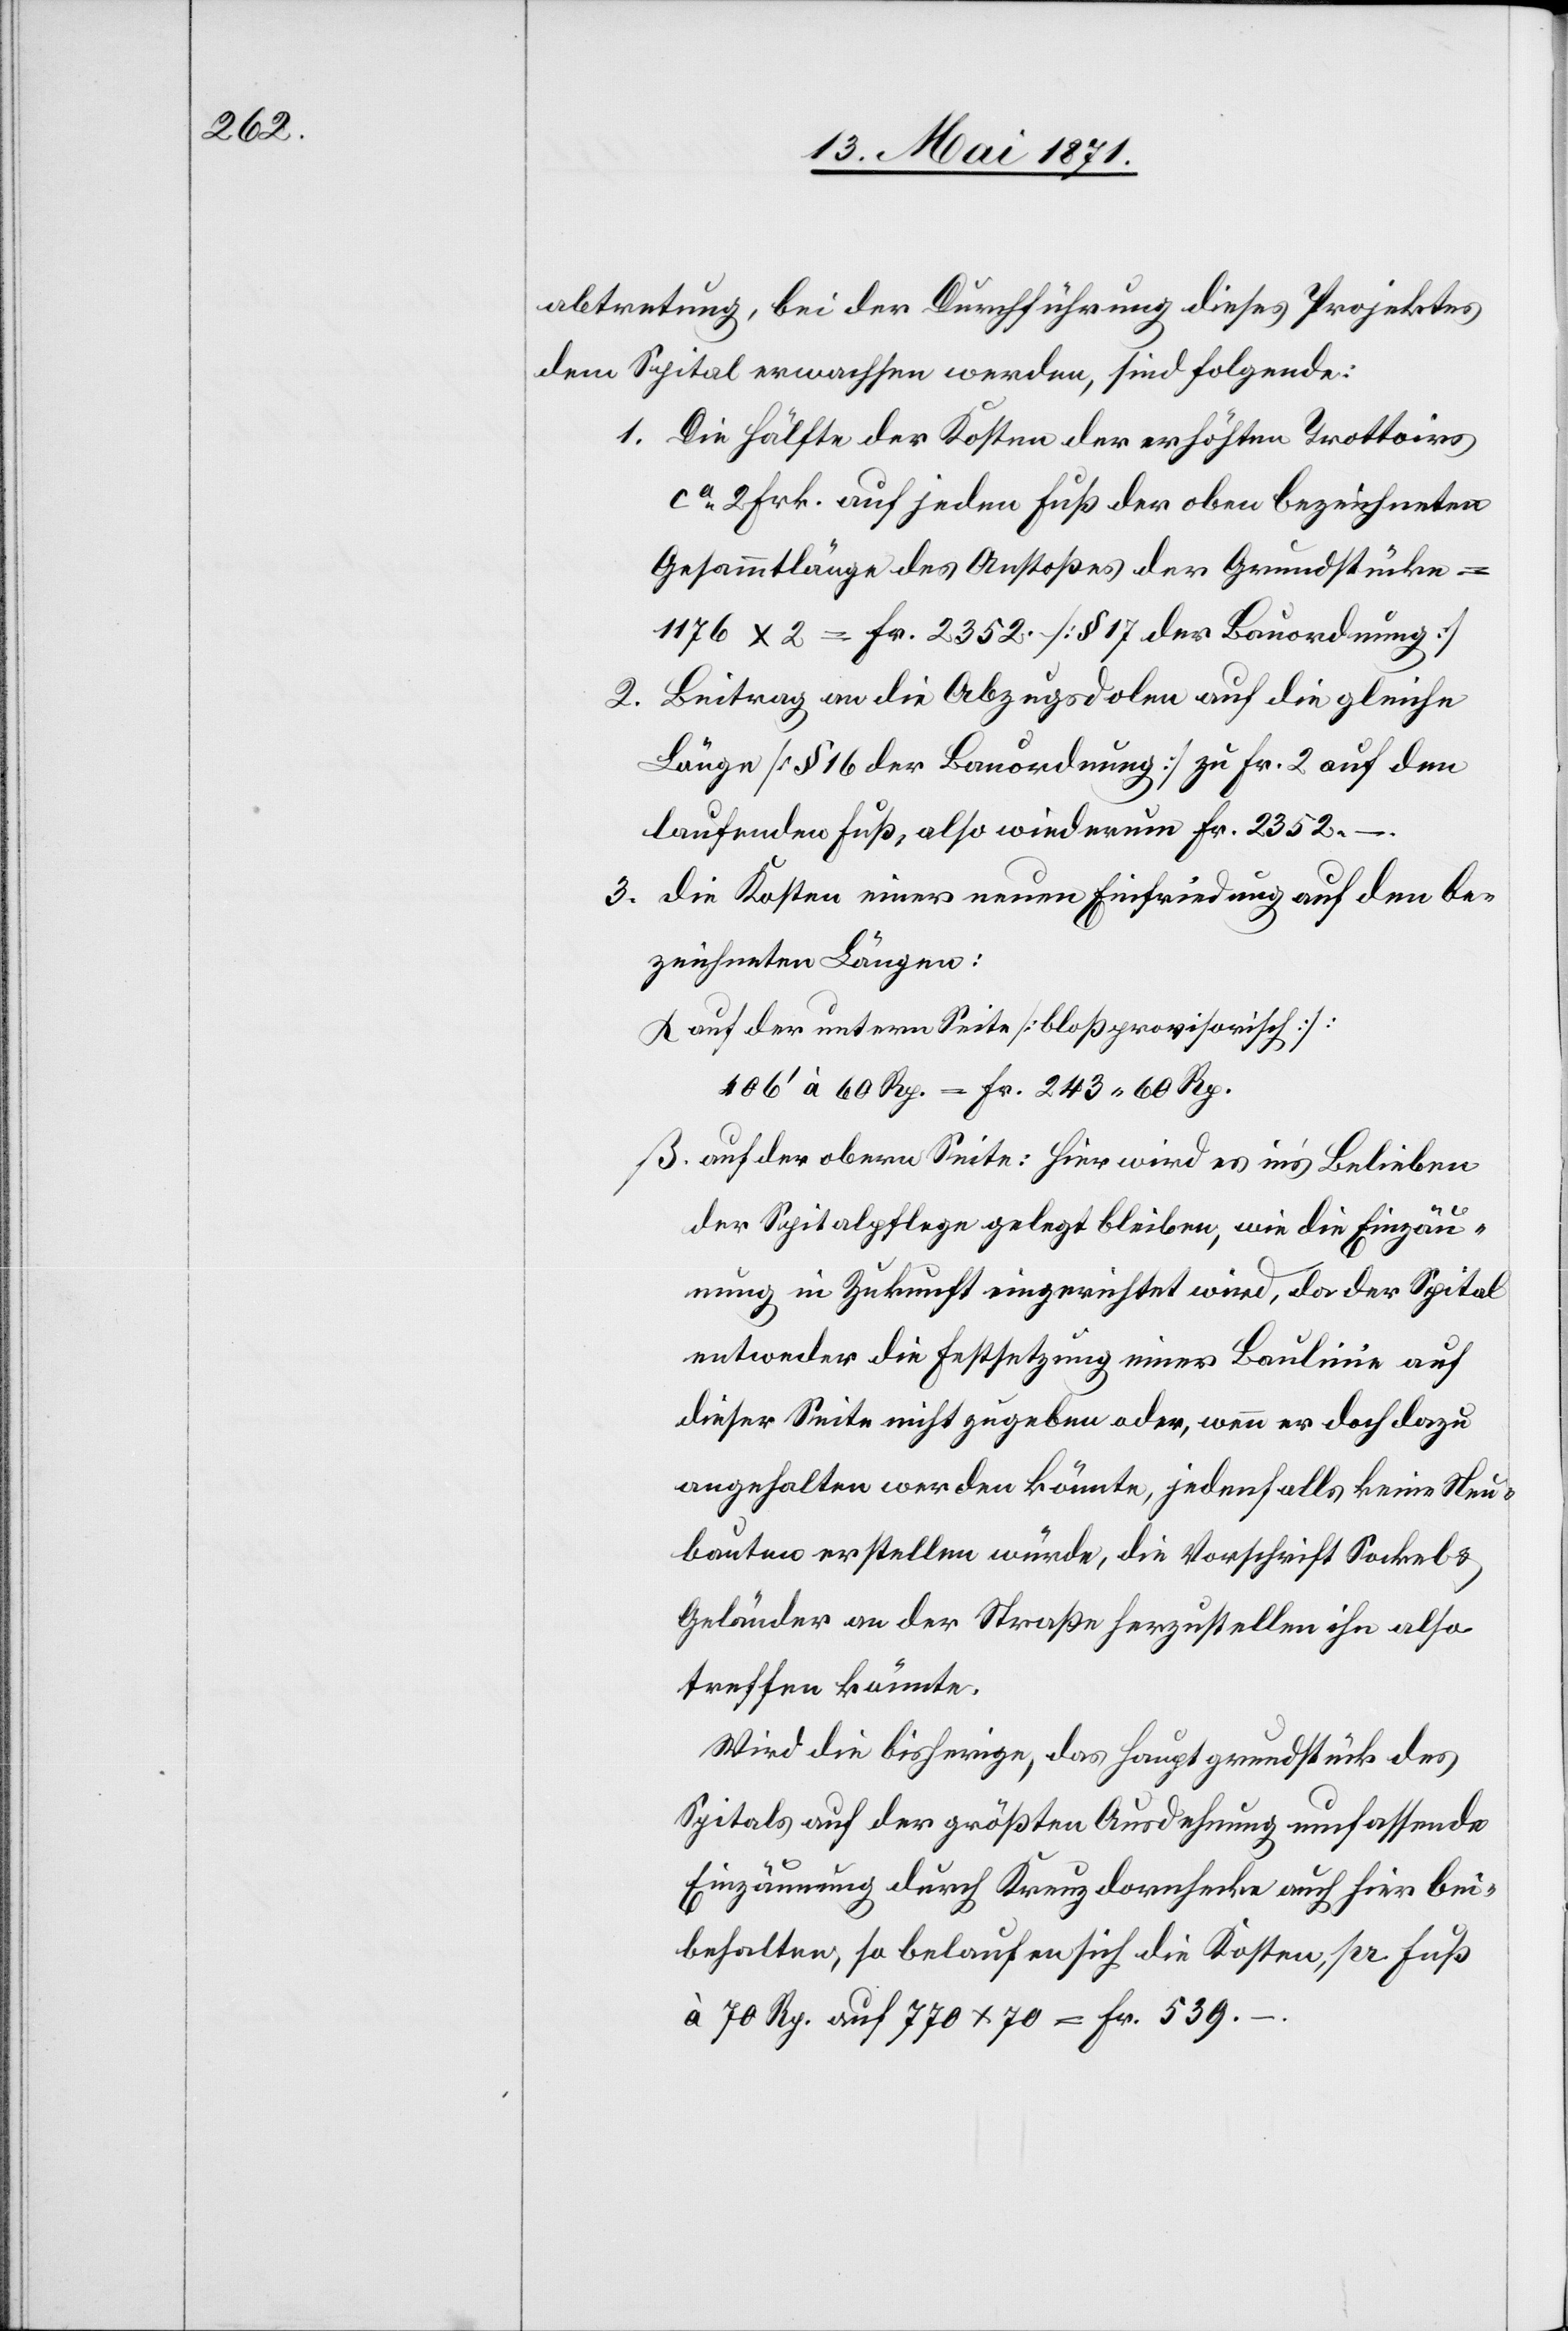
abtretung, bei der Durchführung dieses Projektes
dem Spital erwachsen werden, sind folgende:
1. Die Hälfte der Kosten der erhöhten Trottoirs
ca. 2 Frk. auf jedem Fuß der oben bezeichneten
Gesammtlänge des Anstoßes der Grundstücke
1176x2 = Fr. 2352. [§ 17 der Bauordnung]
Beitrag an die Abzugsdolen auf die gleiche
2.
Länge [§ 16 der Bauordnung] zu Fr. 2 auf dem
laufenden Fuß, also wiederum Fr. 2352.–
3. die Kosten einer neuen Einfriedung auf den be¬
zeichneten Längen:
auf der untern Seite [bloß provisorisch]:
406‘ à 60 Rp. = Fr. 243.60 Rp.
auf der obern Seite : Hier wird es in’s Belieben
der Spitalpflege gelegt bleiben, wie die Einzäu¬
nung in Zukunft eingerichtet wird, da der Spital
entweder die Festsetzung einer Baulinie auf
dieser Seite nicht zugeben oder, wenn er doch dazu
angehalten werden könnte, jedenfalls keine Neu¬
bauten erstellen würde, die Vorschrift Sockel u.
Geländer an der Straße herzustellen ihn also
treffen könnte.
Wird die bisherige, das Hauptgrundstück des
Spitals auf der größten Ausdehnung umfassende
Einzäunung durch Kreuzdornhecke auch hier bei¬
behalten, so belaufen sich die Kosten, pr. fuß
à 70 Rp. auf 770x70 = Fr. 539.–